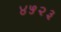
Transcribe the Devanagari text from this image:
४५२३